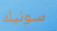
سونيك